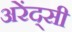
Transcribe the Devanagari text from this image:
अरेंद्सी